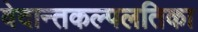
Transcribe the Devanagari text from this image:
वेदान्तकल्पलतिका